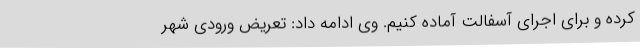
کرده و برای اجرای آسفالت آماده کنیم. وی ادامه داد: تعریض ورودی شهر